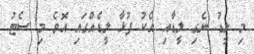
މި ލީޑު ނެގި ލީޑާއި އެކު ފުޅާ ލީޑެއްގައި އޮވެ މި ސެޓު